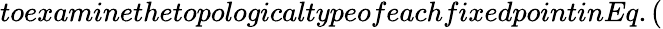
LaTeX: toexaminethetopologicaltypeofeachfixedpointinEq.(